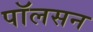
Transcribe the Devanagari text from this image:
पाॅलसन